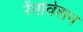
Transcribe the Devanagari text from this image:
रेंनोवेशन